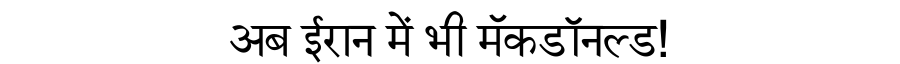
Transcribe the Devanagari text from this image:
अब ईरान में भी मॅकडॉनल्ड!